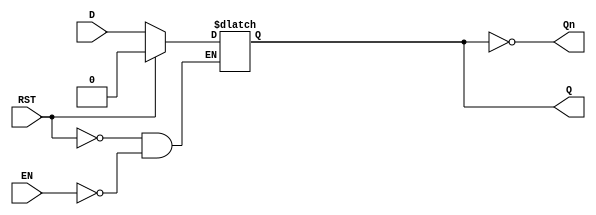
module LatchRegister (
    input wire D,        // Data Input
    input wire EN,       // Enable Signal
    input wire RST,      // Asynchronous Reset (optional)
    output reg Q,        // Output
    output wire Qn       // Inverted Output
);

// Inverted output
assign Qn = ~Q;

// Asynchronous reset functionality
always @(*) begin
    if (RST) begin
        Q <= 1'b0; // Reset Q to 0
    end else if (EN) begin
        Q <= D;    // Capture D when EN is high
    end
    // If EN is low, Q retains its previous state
end

endmodule